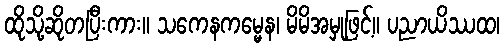
ထိုသို့ဆိုတပြီးကား။ သကေနကမ္မေန၊ မိမိအမှုဖြင့်။ ပညာယိဿထ၊